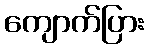
ကျောက်ပြား